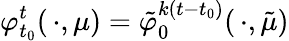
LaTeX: \varphi_{t_{0}}^{t}(\, \cdot,\mu)=\tilde{\varphi}_{0}^{k(t-t_{0})}(\, \cdot,\tilde{\mu})